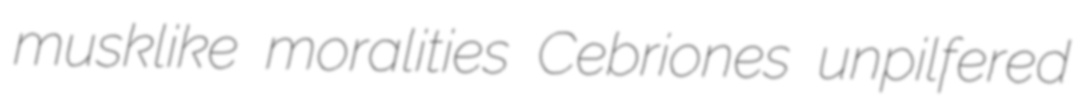
musklike moralities Cebriones unpilfered